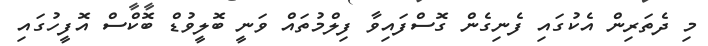
މި ދެތަރިން އެކުގައި ފެނިގެން ގޮސްފައިވާ ފިލްމުތައް ވަނީ ބޮލީވުޑް ބޮކްސް އޮފީހުގައި